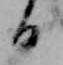
日